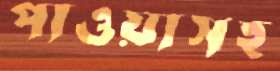
পাওয়াসহ